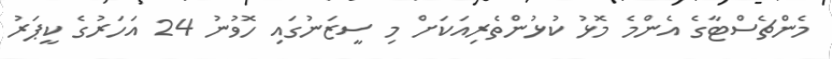
މެންޗެސްޓާގެ އެންމެ މޮޅު ކުޅުންތެރިއަކަށް މި ސީޒަނުގައި ހޮވުނު 24 އަހަރުގެ ކީޕަރު